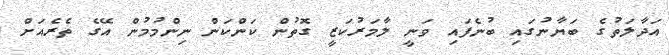
އަދާލަތުގެ ބަޔާނުގައި ބުނެފައި ވަނީ ލާމަރުކަޒީ ގޮތުން ކަންކަން ނިންމުމުން އޭގެ ތެރެއަށް